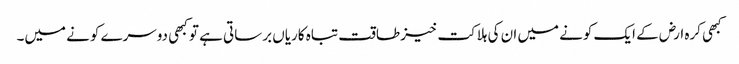
کبھی کرہ ارض کے ایک کونے میں ان کی ہلاکت خیز طاقت تباہ کاریاں برساتی ہے تو کبھی دوسرے کونے میں۔